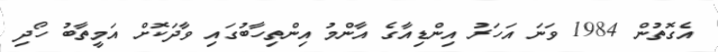
އެގޮތުން 1984 ވަނަ އަހަރު އިންޑިއާގެ އާންމު އިންތިހާބުގައި ވާދަކޮށް އަމީތާބު ހޯދި